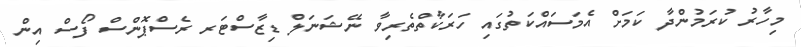
މިހާރު ކުރަމުންދާ ކަމަށް އެމަސައްކަތުގައި ހަރަކާތްތެރިވާ ނޭޝަނަލް ޑިޒާސްޓަރ ރެސްޕޮންސް ފޯސް އިން